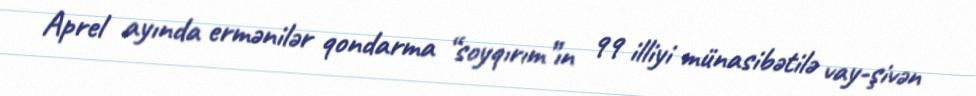
Aprel ayında ermənilər qondarma “soyqırım”ın 99 illiyi münasibətilə vay-şivən